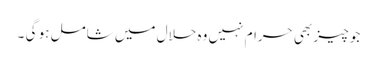
جو چیز بھی حرام نہیں وہ حلال میں شامل ہو گی ۔